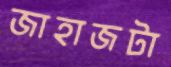
জাহাজটা